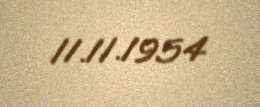
11.11.1954